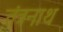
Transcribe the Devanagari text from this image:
तंंत्रनाथ